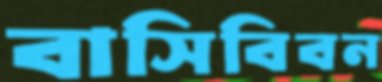
বাসিবিবন